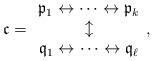
LaTeX: \begin{align*}\mathfrak c=\begin{array}{c}\mathfrak p_1\leftrightarrow\cdots\leftrightarrow\mathfrak p_k\\\updownarrow \\\mathfrak q_1\leftrightarrow\cdots\leftrightarrow\mathfrak q_\ell\end{array},\end{align*}